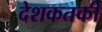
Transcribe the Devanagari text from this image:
देशकतकी